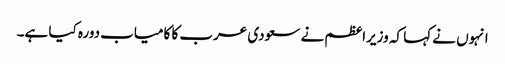
انہوں نے کہا کہ وزیراعظم نے سعودی عرب کا کامیاب دورہ کیا ہے۔